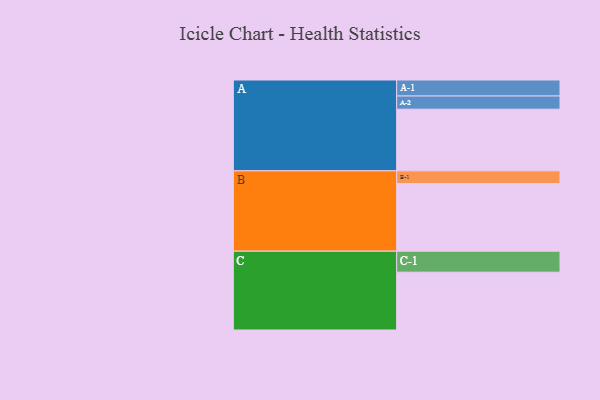
{"axis": {"x": "Segment", "y": "Value"}, "legend": ["", "A", "B", "C"], "data": [{"x": "A", "y": 435, "type": ""}, {"x": "B", "y": 477, "type": ""}, {"x": "C", "y": 408, "type": ""}, {"x": "A-1", "y": 113, "type": "A"}, {"x": "A-2", "y": 93, "type": "A"}, {"x": "B-1", "y": 90, "type": "B"}, {"x": "C-1", "y": 148, "type": "C"}]}